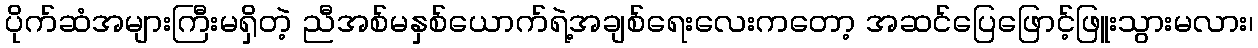
ပိုက်ဆံအများကြီးမရှိတဲ့ ညီအစ်မနှစ်ယောက်ရဲ့အချစ်ရေးလေးကတော့ အဆင်ပြေဖြောင့်ဖြူးသွားမလား၊